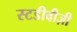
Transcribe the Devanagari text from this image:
स्टडीवीज़ी